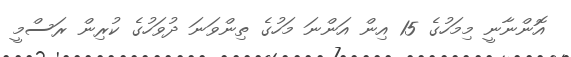
އޮންނާނީ މިމަހުގެ 15 އިން އަންނަ މަހުގެ ތިންވަނަ ދުވަހުގެ ކުރިން ރަސްމީ